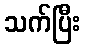
သက်ပြီး